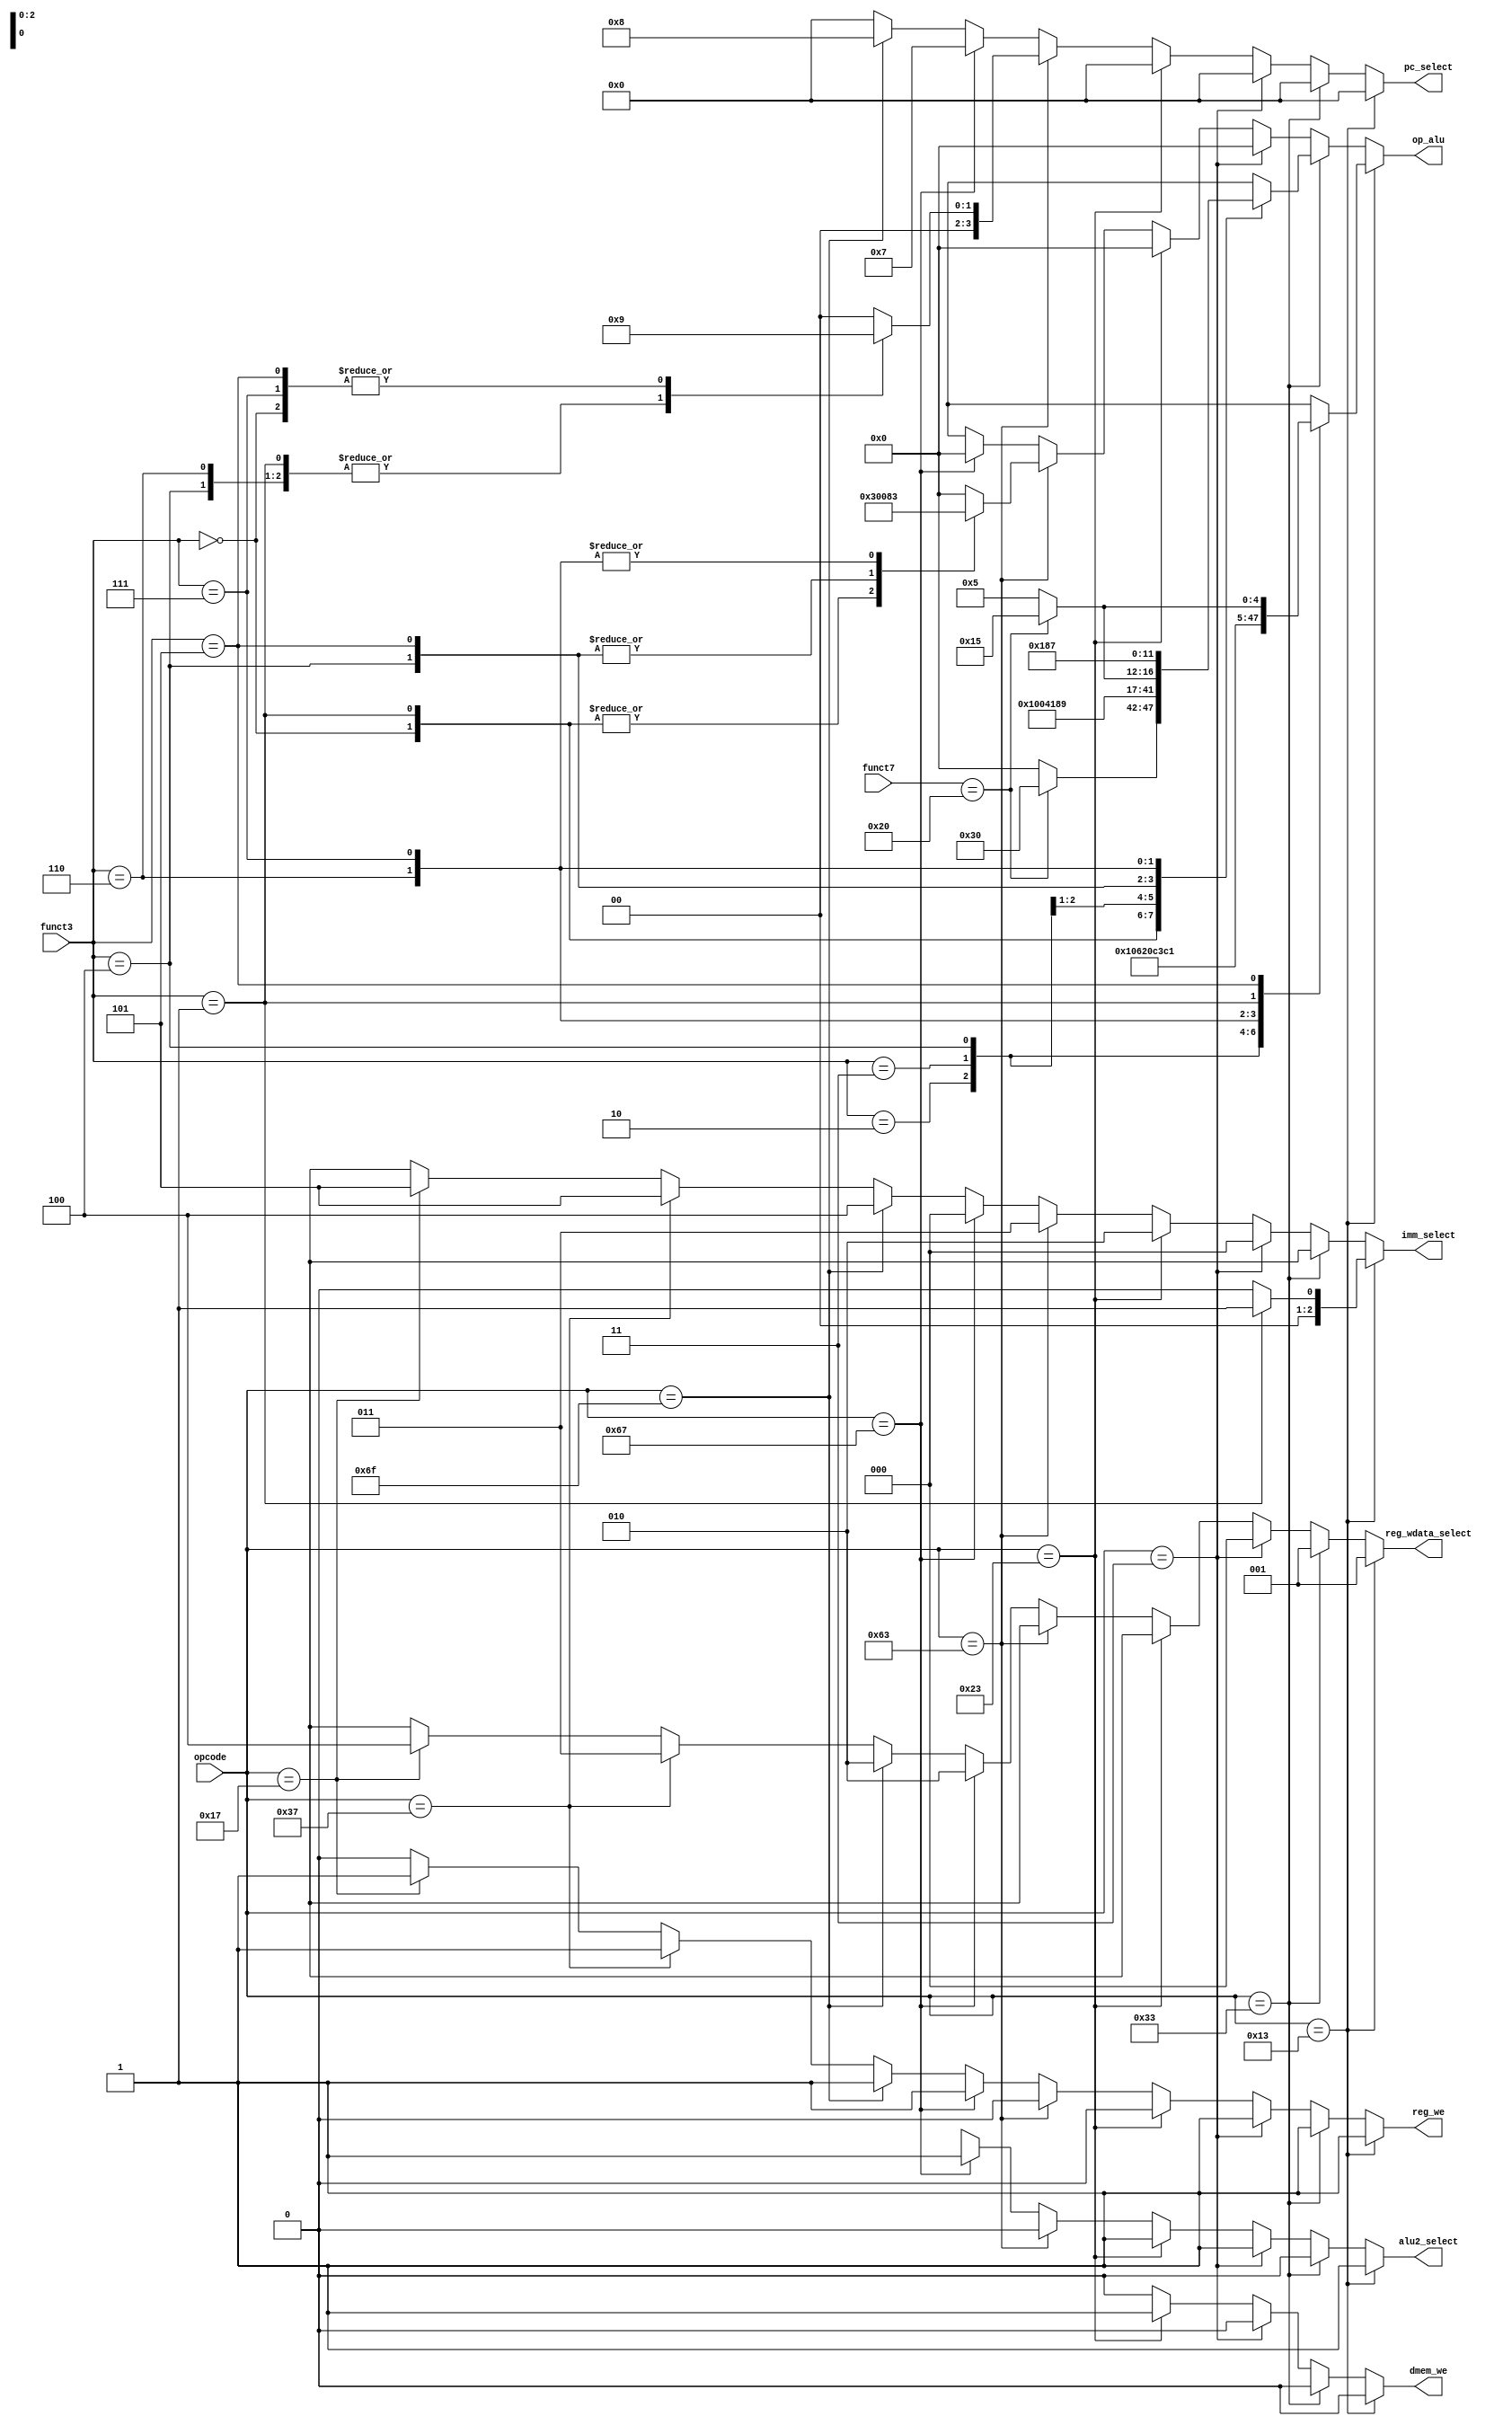
module control(input [6:0] opcode,
               input [2:0] funct3,
               input [6:0] funct7,
               output reg reg_we,
               output reg alu2_select,
               output reg [5:0] op_alu,
               output reg dmem_we,
               output reg [2:0] reg_wdata_select,
               output reg [2:0] imm_select,
               output reg [3:0] pc_select
              );
    

    
    always@(opcode or funct3 or funct7) begin

        if (opcode == 7'b0010011)            //arithmetic logic immediate operation            
            begin
                pc_select = 4'b0000;           //iaddr_next = iaddr+4
                alu2_select = 1'b1;            //select immediate value as 2nd alu operand
                reg_we = 1'b1 ;      
                dmem_we = 1'b0 ;
                reg_wdata_select = 3'b001;       //select alu result to write to reg
                
                if(funct3 == 001 | (funct3 == 101)) imm_select = 3'b001; //shamt value
                else                                imm_select = 3'b000; //I-immediate
            
                case (funct3)
                    3'b000:  op_alu = 6'b000000;   //addi
                    3'b010:  op_alu = 6'b000010;   //slti
                    3'b011:  op_alu = 6'b000011;   //sltiu
                    3'b100:  op_alu = 6'b000100;   //xori
                    3'b110:  op_alu = 6'b000110;   //ori
                    3'b111:  op_alu = 6'b000111;   //andi
                    3'b001:  op_alu = 6'b100000;   //slli
                    3'b101: if(funct7==7'b0100000) op_alu = 6'b110101;     //srai
                                        else op_alu = 6'b100101;     //srli
                    default: op_alu = 6'b000000;
                endcase
            
            end
                    
            
        else if (opcode == 7'b0110011)         //arithmetic logic operation
            
            begin
            
                pc_select = 4'b0000;           //advance pc to next addr
                alu2_select = 1'b0;            //select rv2 from register as 2nd alu operand
                reg_we = 1'b1 ;
                dmem_we = 1'b0 ;
                reg_wdata_select = 3'b001;       //select alu result to write to reg
                imm_select = 3'bx;            //don't care
        
                case (funct3)
                    3'b000:  if(funct7==7'b0100000) op_alu = 6'b110000;     //sub
                                         else op_alu = 6'b000000;     //add
                    3'b001:  op_alu = 6'b100000;   //sll
                    3'b010:  op_alu = 6'b000010;   //slt
                    3'b011:  op_alu = 6'b000011;   //sltu    
                    3'b100:  op_alu = 6'b000100;   //xor
                    3'b101:  if(funct7==7'b0100000) op_alu = 6'b110101 ;     //sra
                                         else op_alu = 6'b100101 ;     //srl
                    3'b110:  op_alu = 6'b000110;   //or
                    3'b111:  op_alu = 6'b000111;   //and
                    default: op_alu = 6'b000000;
                 endcase
        
             end
        
      
        
        else if(opcode == 7'b0000011)       //Load operation
            
            begin     
            
                pc_select = 4'b0000;           //iaddr_next = iaddr+4
                alu2_select = 1'b1;            //select immediate value as 2nd alu operand
                reg_we = 1'b1 ;
                dmem_we = 1'b0 ;
                reg_wdata_select = 3'b000;     //select dmem data to write to reg
                op_alu = 6'b000000;            //add
                imm_select = 3'b000;           //I-immediate
             
            end
        
        else if(opcode == 7'b0100011)      //Store operation
            
            begin     

                pc_select = 4'b0000;           //iaddr_next = iaddr+4
                alu2_select = 1'b1;            //select immediate value as 2nd alu operand
                reg_we = 1'b0 ;
                dmem_we = 1'b1 ;
                op_alu = 6'b000000;            //add
                imm_select = 3'b010;           //S-immediate
                reg_wdata_select = 3'bx;       //don't care
                       
            end
        
        else if(opcode == 7'b1100011)   //Branch operation
            
            begin
           
                alu2_select = 1'b0;            //select rv2 from reg as the 2nd alu operand
                reg_we = 1'b0 ;
                dmem_we = 1'b0 ;
                imm_select = 3'b011;           //B-immediate
                reg_wdata_select = 3'bx;       //don't care
            
                case(funct3)
                    3'b000:  
                        begin 
                            op_alu = 6'b110000;     //sub
                            pc_select = 4'b0001;           //iaddr_next = iaddr+imm(if eq)
                        end
                    3'b001:  
                        begin
                            op_alu = 6'b110000;   //sub
                            pc_select = 4'b0010;           //iaddr_next = iaddr+imm(if ne)
                        end
                    3'b100:  
                        begin
                            op_alu = 6'b000010;   //slt
                            pc_select = 4'b0010;           //iaddr_next = iaddr+imm(if lt)
                        end
                    3'b101:  
                        begin
                            op_alu = 6'b000010;   //slt
                            pc_select = 4'b0001;           //iaddr_next = iaddr+imm(if ge)
                        end
                    3'b110:  
                        begin
                            op_alu = 6'b000011;   //sltu
                            pc_select = 4'b0010;           //iaddr_next = iaddr+imm(if ltu)
                        end
                    3'b111:  
                        begin
                            op_alu = 6'b000011;   //sltu
                            pc_select = 4'b0001;           //iaddr_next = iaddr+imm(if geu)
                        end
                    default: 
                        begin 
                            op_alu = 6'b000000;     
                            pc_select = 4'b0000;          
                        end
                endcase
            end
        
        else if(opcode == 7'b1100111) begin       //jalr
            pc_select = 4'b0111;           //iaddr_next =  rv1 + imm
            alu2_select = 1'b1;            //select immediate value as 2nd alu operand
            reg_we = 1'b1 ;
            reg_wdata_select = 3'b010;      //store next pc value in reg
            dmem_we = 1'b0 ;
            op_alu = 6'b000000;            //add
            imm_select = 3'b000;            //I-immediate  
        end
        
        else if(opcode == 7'b1101111) begin       //jal
            pc_select = 4'b1000;            //iaddr_next = iaddr + imm
            reg_we = 1'b1 ;
            reg_wdata_select = 3'b010;      //store next pc value in reg
            dmem_we = 1'b0 ;
            imm_select = 3'b100;            //J-immediate  
            alu2_select = 1'bx;             //don't care
            op_alu = 6'bx;                  //don't care
        end
        
        else if(opcode == 7'b0110111) begin       //lui
            pc_select = 4'b0000;            //iaddr_next = iaddr+4
            reg_we = 1'b1;
            reg_wdata_select = 3'b011;      //write immediate value in reg
            dmem_we = 1'b0 ;
            imm_select = 3'b101;            //U-immediate 
            alu2_select = 1'bx;             //don't care
            op_alu = 6'bx;                  //don't care
        end
        
        else if(opcode == 7'b0010111) begin         //auipc
            pc_select = 4'b0000;            //iaddr_next = iaddr+4 
            reg_we = 1'b1;
            reg_wdata_select = 3'b100;      //store current pc+immediate in reg
            dmem_we = 1'b0 ;
            imm_select = 3'b101;           //U-immediate
            alu2_select = 1'bx;            //don't care
            op_alu = 6'bx;                 //don't care
            
        end
        
        else begin
            pc_select = 4'b0000;        //  iaddr_next = iaddr+4 
            reg_we = 1'b0 ;   
            dmem_we = 1'b0 ;
            alu2_select = 1'bx;          //don't care
            op_alu = 6'bx;               //don't care
            reg_wdata_select = 3'bx;     //don't care
            imm_select = 3'bx;           //don't care
        end
    end
   

    
endmodule